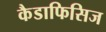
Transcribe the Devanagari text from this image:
कैडाफिसिज